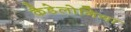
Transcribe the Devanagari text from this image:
कैडेलोनिया